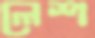
লেশ